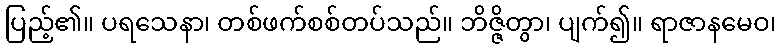
ပြည့်၏။ ပရသေနာ၊ တစ်ဖက်စစ်တပ်သည်။ ဘိဇ္ဇိတွာ၊ ပျက်၍။ ရာဇာနမေဝ၊